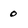
Character: 0